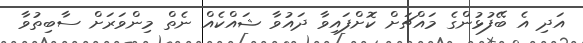
އަދި އެ ބޭފުޅުންގެ މައްޗަށް ކޮށްފައިވާ ދައުވާ ޝައްކެއް ނެތް މިންވަރަށް ސާބިތުވާ